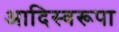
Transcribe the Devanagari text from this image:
आदिस्वरूपा